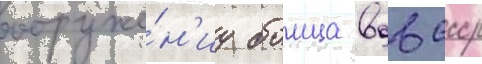
вооруже́н'иу боица вдв ссср